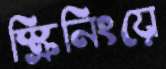
স্ক্রিনিংয়ে